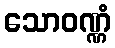
သောဝဏ္ဏံ